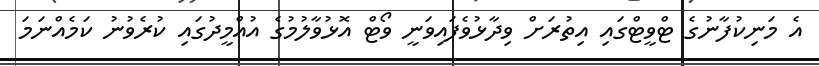
އެ މަނިކުފާނުގެ ޓްވީޓްގައި އިތުރަށް ވިދާޅުވެފައިވަނީ ވޯޓް އޮޅުވާލުމުގެ އުއްމީދުގައި ކުރެވުނު ކަމެއްނަމަ